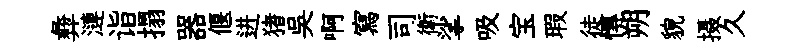
彜漣诣搨器偃进猪吳啊寫司衛挲吸宝瑕徒慱朔貌摄久